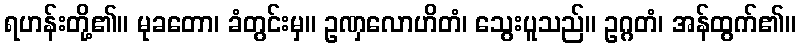
ရဟန်းတို့၏။ မုခတော၊ ခံတွင်းမှ။ ဥဏှလောဟိတံ၊ သွေးပူသည်။ ဥဂ္ဂတံ၊ အန်ထွက်၏။